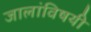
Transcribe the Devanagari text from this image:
जालांविषयी